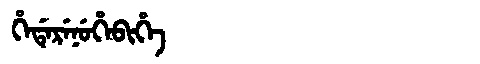
Manchu: ᡥᡝᡩᡝᡵᡝᠨᡠᡥᡝᠪᡳᡥᡝ
Romanization: HEDERENUHEBIHE